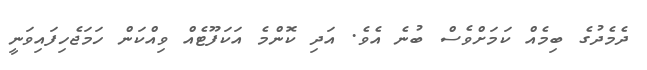
ދެމެދުގެ ބިމެއް ކަމަށްވެސް ބުނެ އެވެ. އަދި ކޮންމެ އަކަފޫޓެއް ވިއްކަން ހަމަޖެހިފައިވަނީ